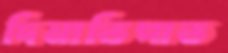
দিনাতিপাত